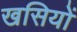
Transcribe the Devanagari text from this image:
खसियों